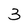
Character: 3